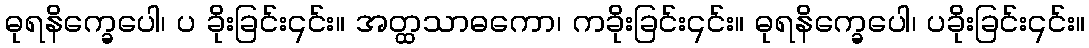
ဓုရနိက္ခေပေါ၊ ပ ခိုးခြင်း၎င်း။ အတ္ထသာဓကော၊ ကခိုးခြင်း၎င်း။ ဓုရနိက္ခေပေါ၊ ပခိုးခြင်း၎င်း။